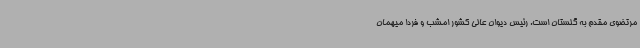
مرتضوی مقدم به گلستان است. رئیس دیوان عالی کشور امشب و فردا میهمان